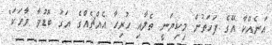
އަނެއްކާ އޭގެ ފަހަތުން މިކިޔަނީ ތެލާއި ހުރިހާ އެއްޗެއްގެ އަގު ބޮޑުވާ ވާހަކަ"